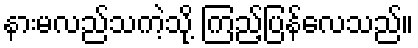
နားမလည်သကဲ့သို့ ကြည့်ပြန်လေသည်။